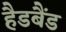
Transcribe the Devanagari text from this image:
हैडबैंड